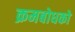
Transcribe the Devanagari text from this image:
क्रमबोधको